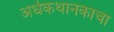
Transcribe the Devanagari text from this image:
अर्धकथानकाचा